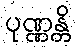
ပုဏ္ဏန္တိ